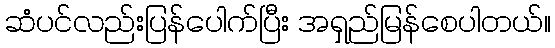
ဆံပင်လည်းပြန်ပေါက်ပြီး အရှည်မြန်စေပါတယ်။